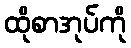
ထိုစာအုပ်ကို